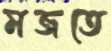
মজতে